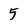
Character: 5